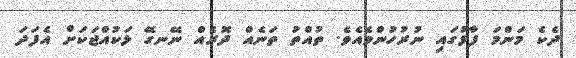
ދެކެ މަންމަ ފާޅުގައި ނުރުހުންވެއެވެ. ތުއްތު ތަނެއް ދޮރެއް ނޭނގޭ ޅަކުއްޖަކަށް އެފަދަ